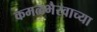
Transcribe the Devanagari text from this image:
कमळभैरवाच्या